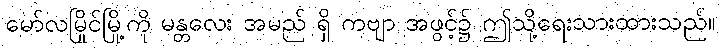
မော်လမြိုင်မြို့ကို မန္တလေး အမည် ရှိ ကဗျာ အဖွင့်၌ ဤသို့ရေးသားထားသည်။